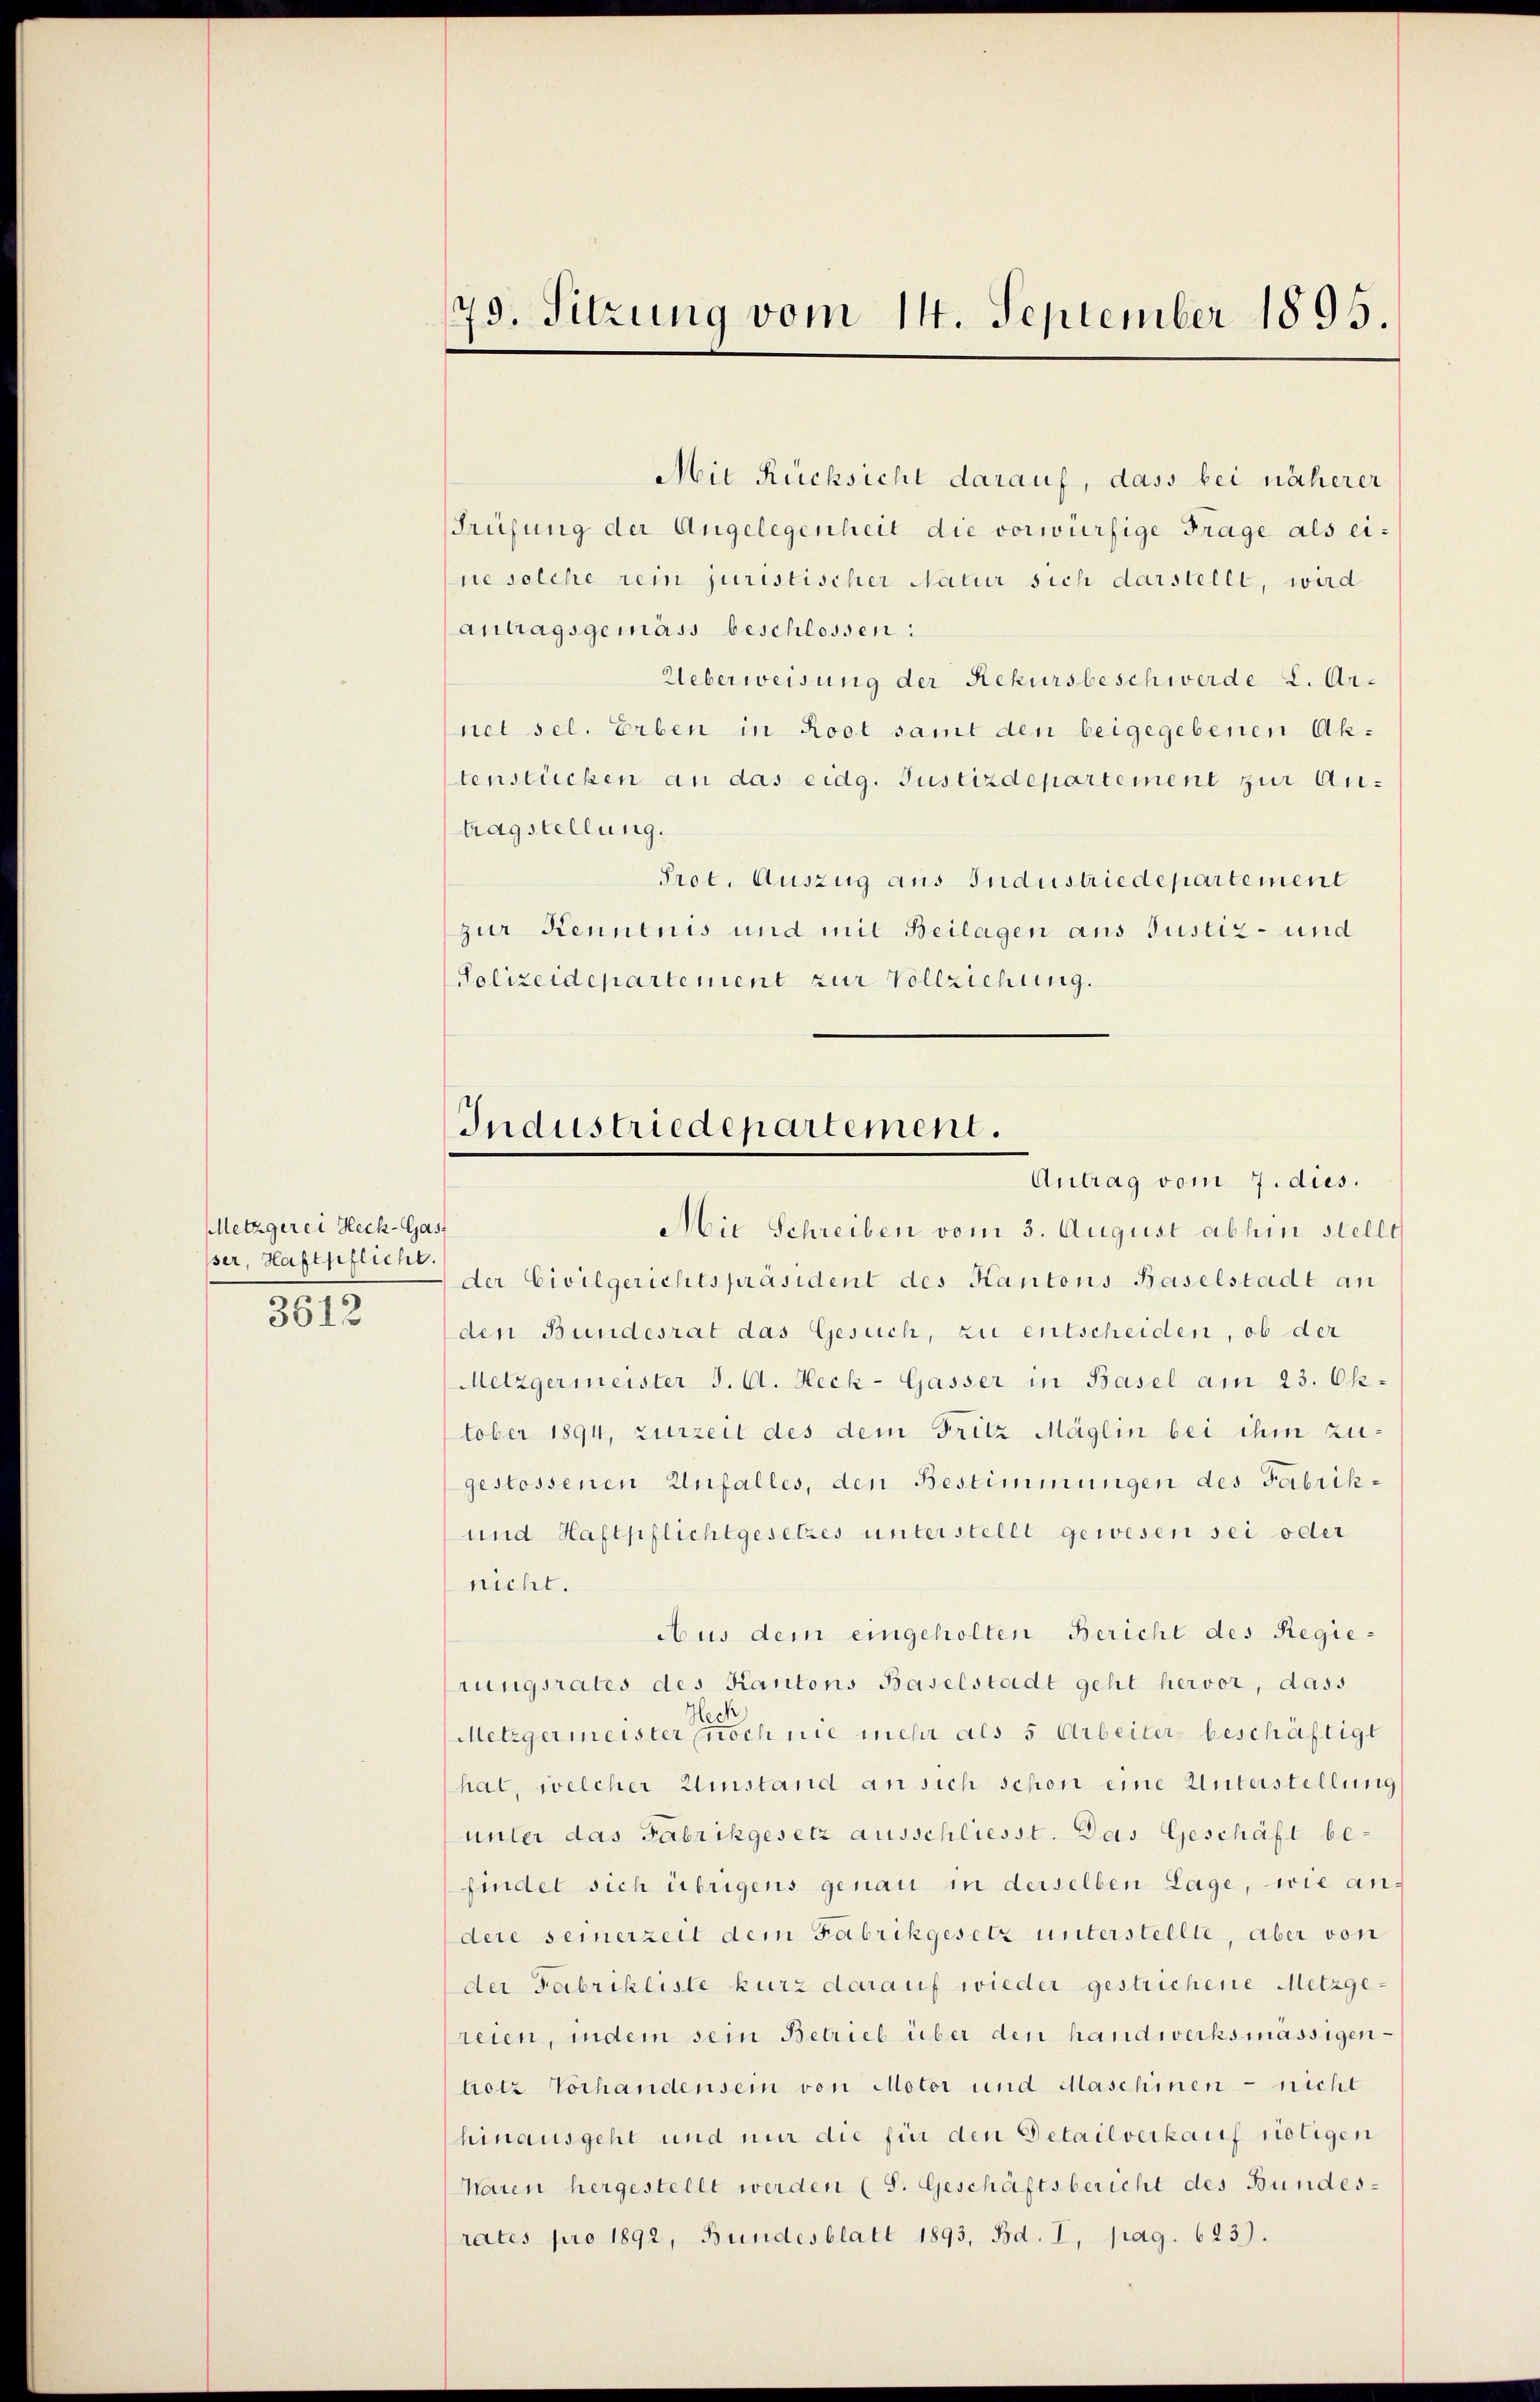
Metzgerei Heck-Gas
ser, Haftpflicht
3612

Mit Rücksicht darauf, dass bei näherer
Prüfung der Angelegenheit die vorwürfige Frage als eine solche rein juristischer Natur sich darstellt, wird
Antragsgemäss beschlossen:
Ueberweisung der Rekursbeschwerde L. Arnet sel. Erben in Root samt den beigegebenen Aktenstücken an das eidg. Justizdepartement zur Antragstellung.
Prot. Auszug aus Industriedepartement
zur Kenntnis und mit Beilagen aus Justiz- und
Polizeidepartement zur Vollziehung.

79. Sitzung vom 14. September 1895.

Industriedepartement.
Antrag vom 7. dies.

Mit Schreiben vom 3. August abhin stellt
der Civilgerichtspräsident des Kantons Baselstadt an
den Bundesrat das Gesuch, zu entscheiden, ob der
Metzgermeister J. A. Heck-Gasser in Basel am 23. Oktober 1894, zurzeit des dem Fritz Maglin bei ihm zugestossenen Unfalles, den Bestimmungen des Fabrik¬
und Haftpflichtgesetzes unterstellt gewesen sei oder
nicht.
Aus dem eingeholten Bericht des Regierungsrates des Kantons Baselstadt geht hervor, dass
le
Metzgermeister noch nie mehr als 5 Arbeiter beschäftigt
hat, welcher Umstand an sich schon eine Unterstellung
unter das Fabrikgesetz ausschliesst. Das Geschäft be-
findet sich übrigens genau in derselben Lage, wie andere seinerzeit dem Fabrikgesetz unterstellte, aber von
der Fabrikliste kurz darauf wieder gestrichene Metzgereien, indem sein Betrieb über den handwerksmässigentrotz Vorhandensein von Motor und Maschinen - nicht
hinausgeht und mir die für den Detailverkauf riotigen
Maren hergestellt werden (S. Geschäftsbericht des Bundes-
rates pro 1892, Bundesblatt 1893, Bd. I, pag. 623).